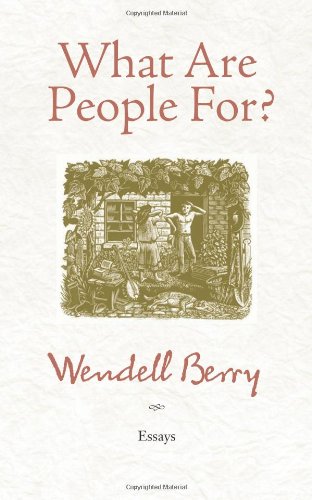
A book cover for What Are People For?: Essays; Wendell Berry; Literature & Fiction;